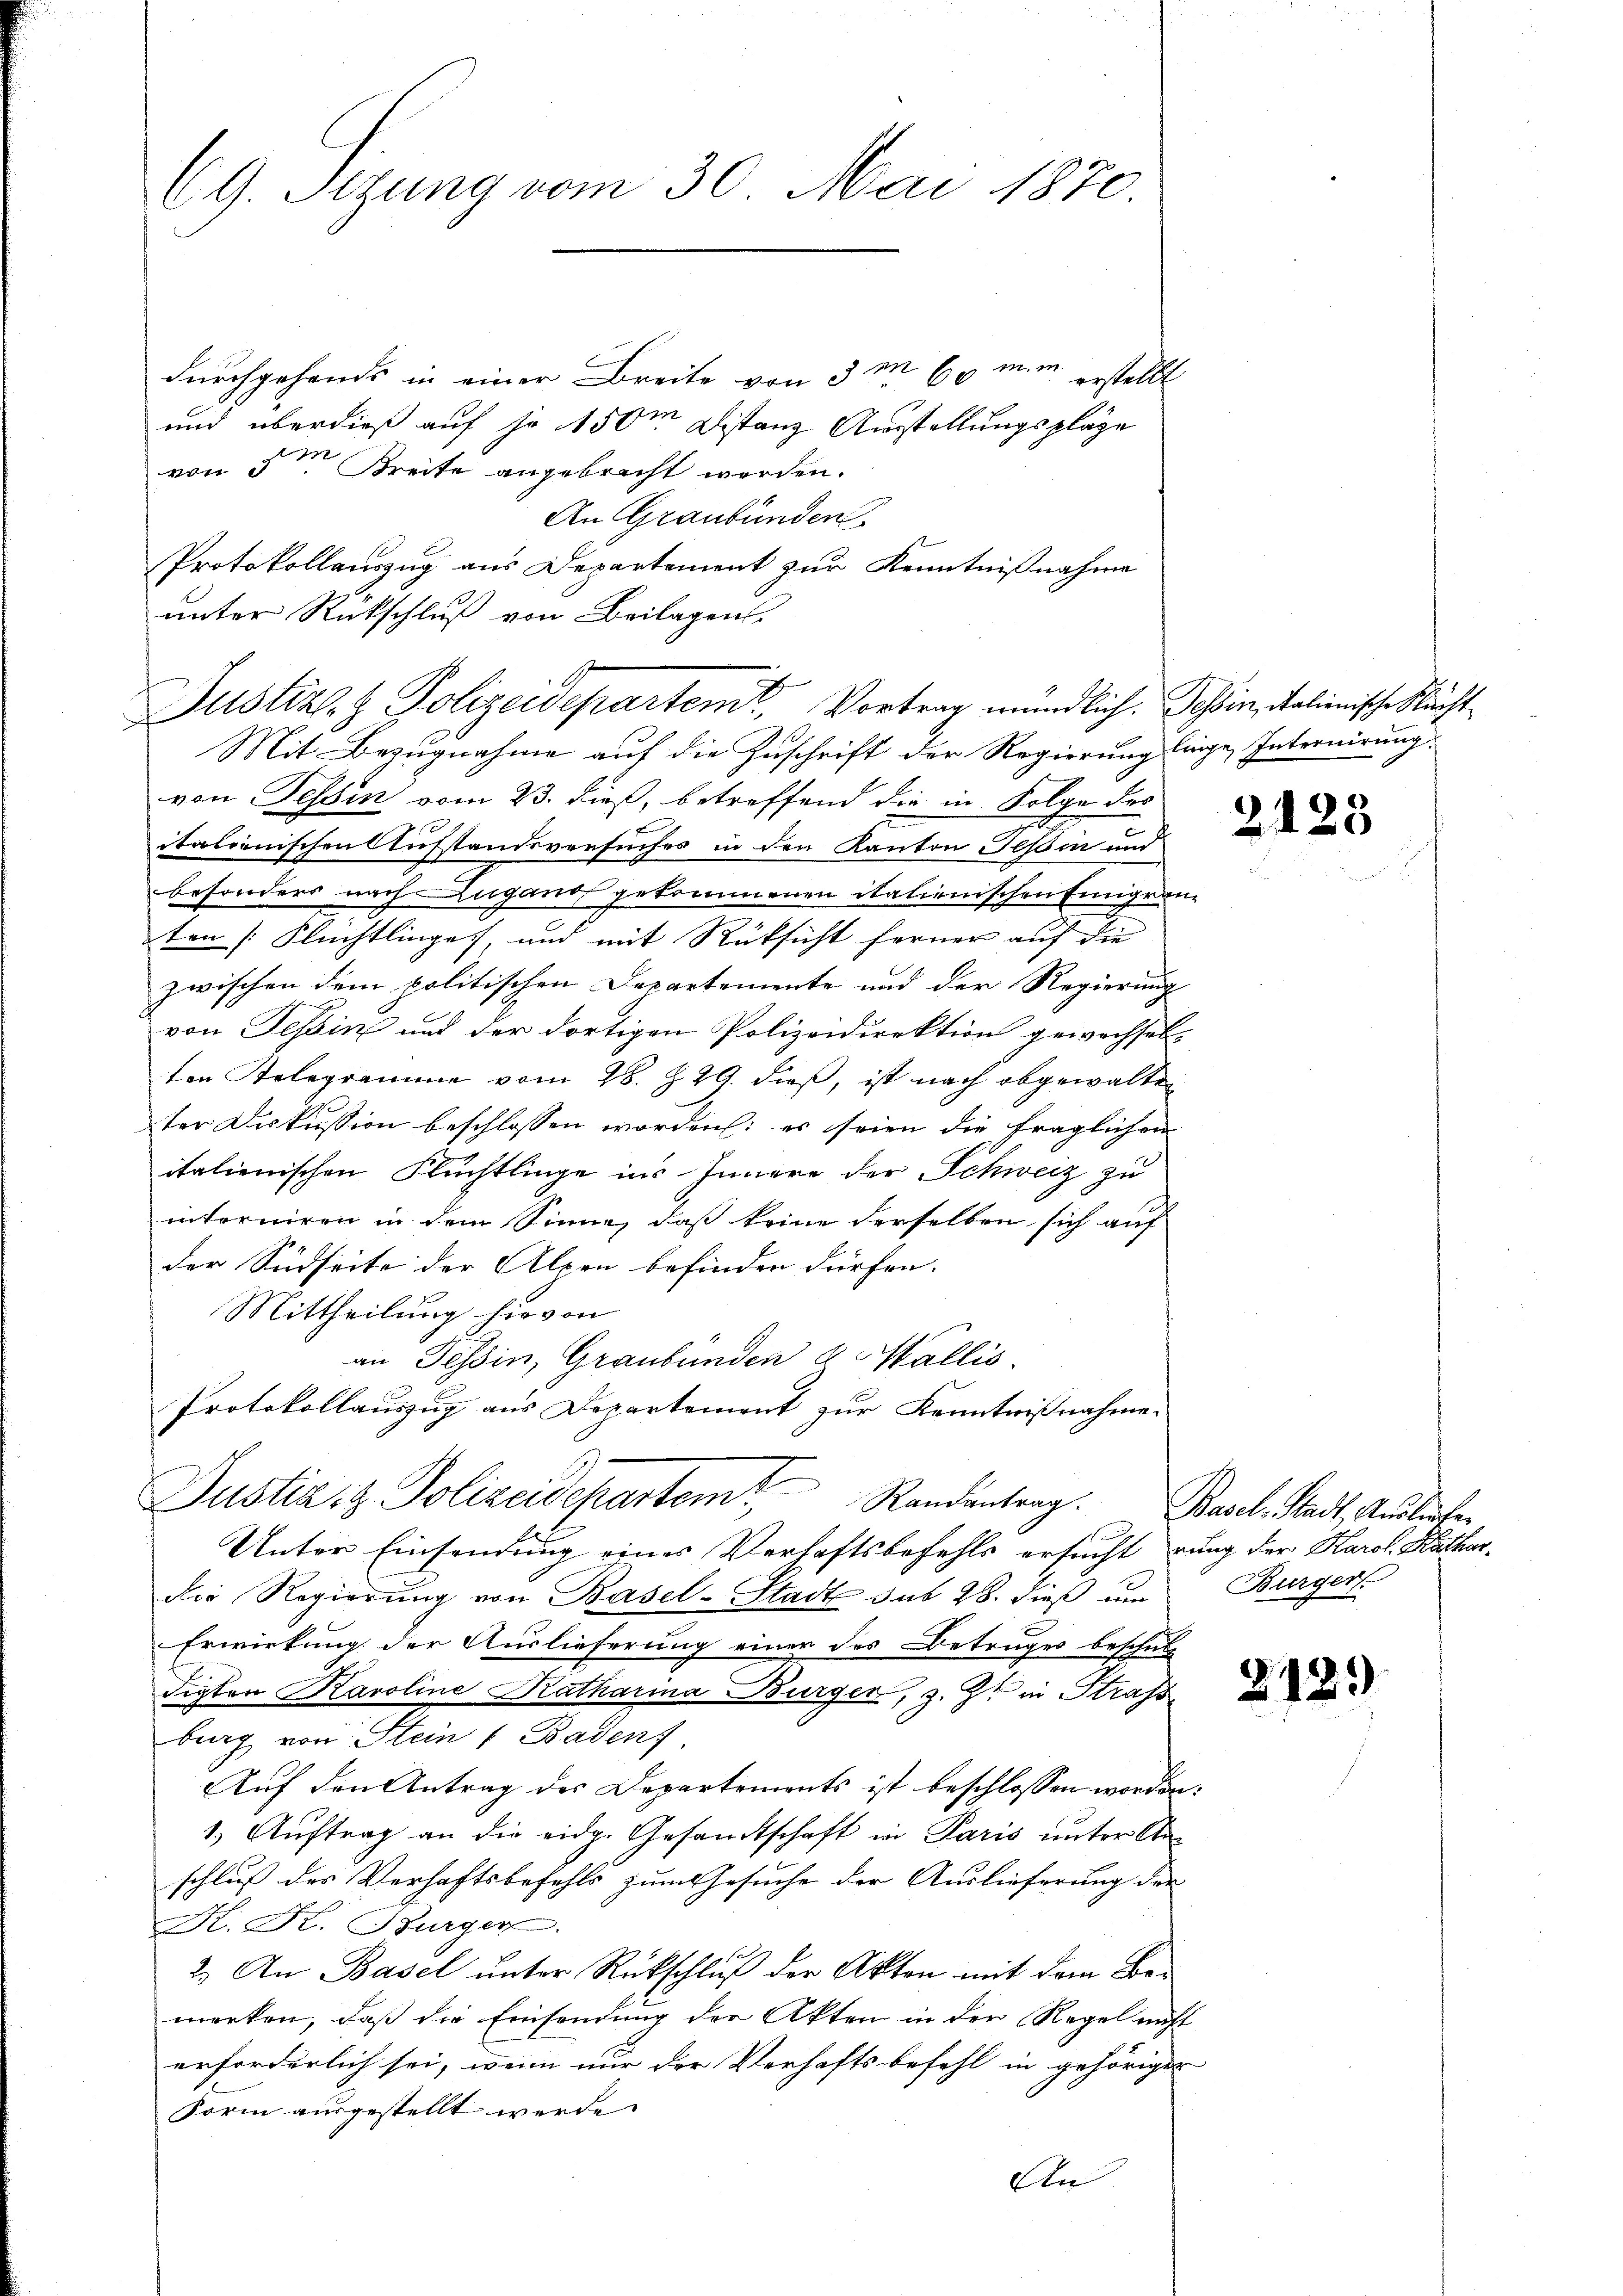
69. Sizung vom 30. Mai 1870.

durchgehends in einer Breite von 3 m 60 nun erstellt
und überdieß auf so 150m Distanz Ausstellungspläge
von 5 Kreite angebracht werden.
An Graubünden
Protokollauszug aus Departement zur Kenntnißnahme
unter Rückschluß von Beilagens-
Mit Bezugnahme auf die Zuschrift der Regierung liege Internirung
von Tessin vom 23. dieß, betreffend die in Folge des
itationischen Ausstandsversuches in den Kanton Tessin und
besonders nach Zugano gekommenen italienischen Eingran-
ten Flüchtlinge, und mit Rücksicht ferner auf die
zwischen dem politischen Departemente und der Regierung
von Tessin und der dortigen Polizeidirektion gewechsel-
ten Telegramme vom 28. Z. 29. dieß, ist nach abgewalten
ter Diskussion beschlossen worden: es seien die träglichen
italienischen Flüchtlinge ins Innere der Schweiz zu
intorniren in dem Sinne, daß keine derselben sich auf
der Südseite der Alpen befinden dürfen. |
Mittheilung hievon
an Tessin, Graubünden & Wallis.
Protokollauszug aus Departement zur Kenntnißnahme.
Justiziz. Polizeidepartem Randantrag: Basel, Stadt, Ausliefer
Unter Einsendung eines Verhaftsbefehls ersucht rung der Karol. Kathardie Regierung von Basel-Stadt sub 28. dieß um
Erwirkung der Auslieferung einer des Betruges beschul-
digten Karoline Katharina Burger, z. Zt. in Strafs
berg von Stein 1 Badenf
Auf den Antrag des Departements ist beschlossen worden.
1.) Auftrag an die eidg. Gesandtschaft in Paris unter Anschluß des Verhaftsbefehls zum Gesuche der Auslieferung der
K. K. Burger
2.) An Basel unter Rückschluß der Akten mit dem Bemerken, daß die Einsendung der Akten in der Regel nicht
erforderlich sei, wenn nur der Verhaftsbefehl in gehöriger
Form ausgestellt werde.
An

Justiz- & Polizeidepartent, Vortrag mündlich. Schin, italienische Nächt¬

2123

218)

Burger